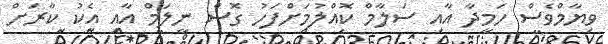
ވިޔާމްވެސް ހަމީދާ އާއި ސަލާމް ކޮއްލުމަށްފަހު ގޮސް ނީލަމް އާއި އެކު ކާރަށް